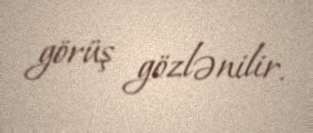
görüş gözlənilir.